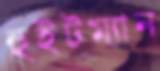
হুইটম্যান